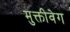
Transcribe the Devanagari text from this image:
मुक्तीवेग